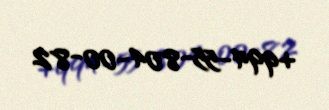
+994-55-804-00-82